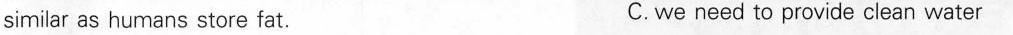
similar as humans store fat. C. we need to provide clean water